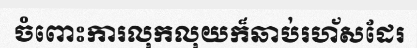
ចំពោះការលុកលុយក៏ឆាប់រហ័សដែរ